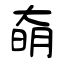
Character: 奛